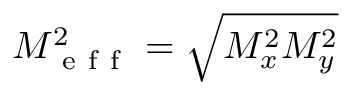
M _ { \mathrm { ~ e ~ f ~ f ~ } } ^ { 2 } = \sqrt { M _ { x } ^ { 2 } M _ { y } ^ { 2 } }